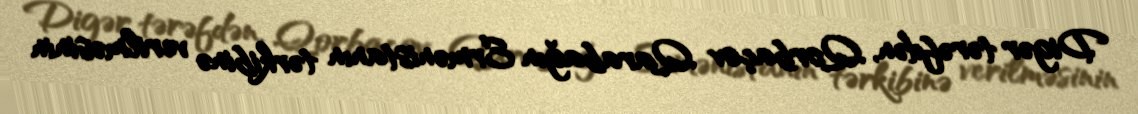
Digər tərəfdən, Qorbaçov Qarabağın Ermənistanın tərkibinə verilməsinin